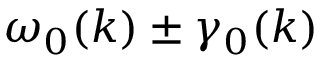
{ \omega } _ { 0 } ( k ) \pm \gamma _ { 0 } ( k )